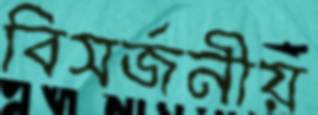
বিসর্জনীয়